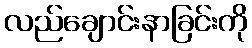
လည်ချောင်းနာခြင်းကို